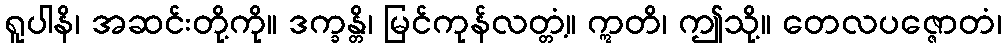
ရူပါနိ၊ အဆင်းတို့ကို။ ဒက္ခန္တိ၊ မြင်ကုန်လတ္တံ့။ ဣတိ၊ ဤသို့။ တေလပဇ္ဇောတံ၊